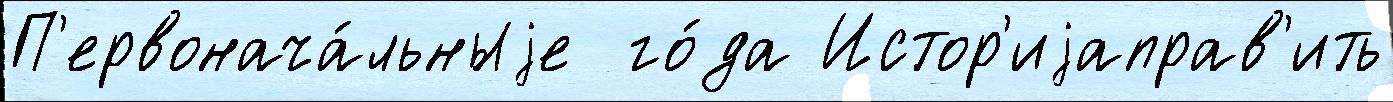
П'ервонача́льныjе  го́да Истор'иjаправ'ить